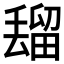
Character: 𰣒